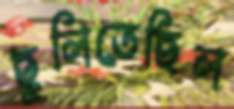
ছুলিতেছিল